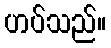
ဟပ်သည်။